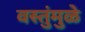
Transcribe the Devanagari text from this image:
वस्तुंमुळे